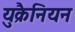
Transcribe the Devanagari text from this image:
युक्रैनियन